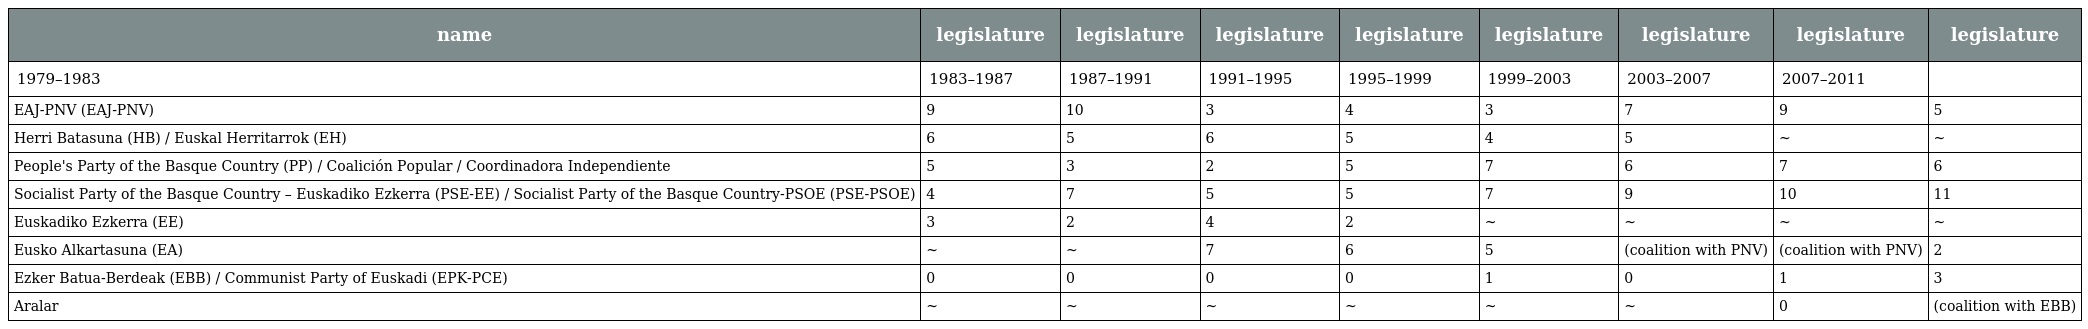
| name | legislature | legislature | legislature | legislature | legislature | legislature | legislature | legislature |
 | --- | --- | --- | --- | --- | --- | --- | --- | --- |
 | 1979–1983 | 1983–1987 | 1987–1991 | 1991–1995 | 1995–1999 | 1999–2003 | 2003–2007 | 2007–2011 |  |
 | EAJ-PNV (EAJ-PNV) | 9 | 10 | 3 | 4 | 3 | 7 | 9 | 5 |
 | Herri Batasuna (HB) / Euskal Herritarrok (EH) | 6 | 5 | 6 | 5 | 4 | 5 | ~ | ~ |
 | People's Party of the Basque Country (PP) / Coalición Popular / Coordinadora Independiente | 5 | 3 | 2 | 5 | 7 | 6 | 7 | 6 |
 | Socialist Party of the Basque Country – Euskadiko Ezkerra (PSE-EE) / Socialist Party of the Basque Country-PSOE (PSE-PSOE) | 4 | 7 | 5 | 5 | 7 | 9 | 10 | 11 |
 | Euskadiko Ezkerra (EE) | 3 | 2 | 4 | 2 | ~ | ~ | ~ | ~ |
 | Eusko Alkartasuna (EA) | ~ | ~ | 7 | 6 | 5 | (coalition with PNV) | (coalition with PNV) | 2 |
 | Ezker Batua-Berdeak (EBB) / Communist Party of Euskadi (EPK-PCE) | 0 | 0 | 0 | 0 | 1 | 0 | 1 | 3 |
 | Aralar | ~ | ~ | ~ | ~ | ~ | ~ | 0 | (coalition with EBB) |